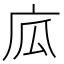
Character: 𢈅